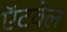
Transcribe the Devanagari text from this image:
ऍटवेल